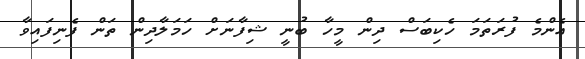
އެންމެ ފުރަތަމަ ހެކިބަސް ދިން މީހާ ބުނީ ޝިފާނަށް ހަމަލާދިން ތަން ފެނިފައިވާ